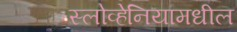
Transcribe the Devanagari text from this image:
स्लोव्हेनियामधील